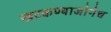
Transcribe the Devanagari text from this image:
खटकण्याजोगेच